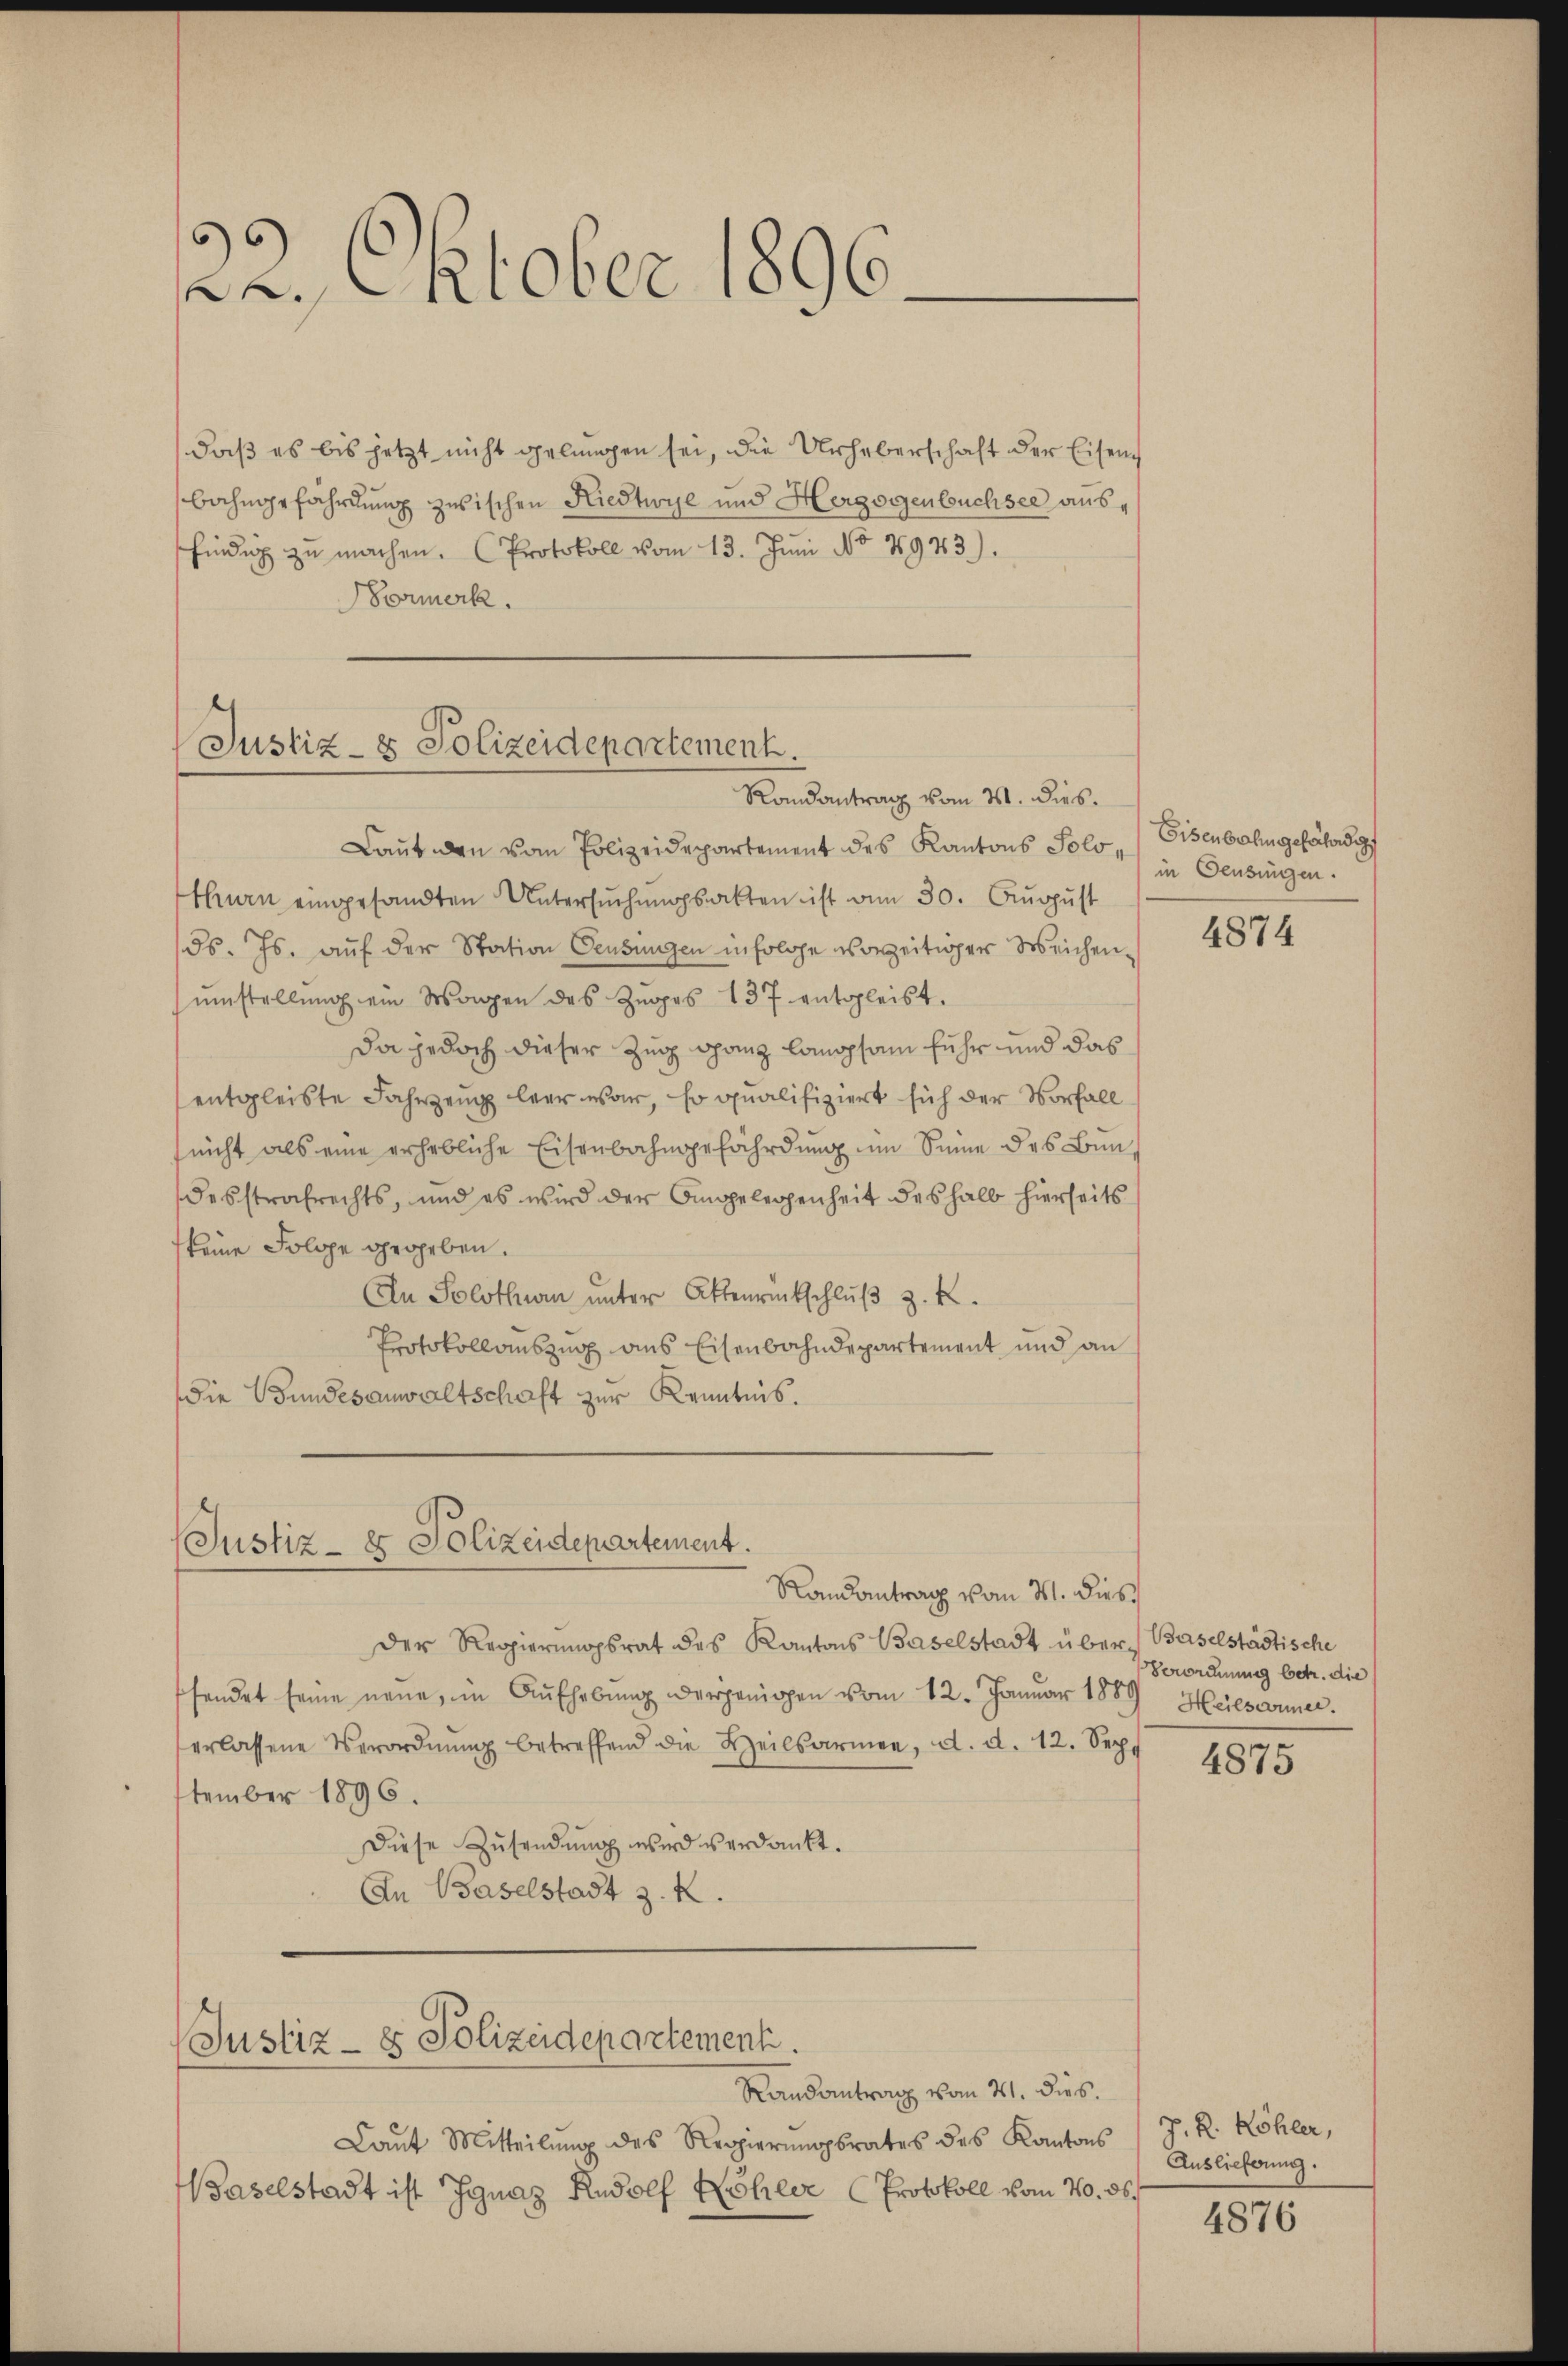
122. Oktober 1896.

daß es bis jetzt nicht gelungen sei, die Urheberschaft der Eisen
bahngefährdung zwischen Kiedtwyl und Herzogenbüchsee aushindig zŭ machen. Protokoll vom 13. Jŭni No 4943).
ormerk.

Justiz- & Polizeidepartement.
Randantrag vom 21. dies

Laut den vom Polizeidepartement des Kantons Solo, Eisenbahn gefährdig
than eingesandten Untersŭchŭngsakten ist am 30. August
Fs. Js. auf der Station Censingen in folge vorzeitiger Weichenŭmstellŭng ein Wagen des Zŭges 137 entgleist.
Da jedoch dieser Zug ganz laopsam fuhr und das
entgleiste Fahrzeug leer war, so qualifiziert sich der Vorfall
(nicht als eine erhebliche Eisenbahngefährdung im Sinne des Bun-
desstrafrechts, und es wird der Angelegenheit deshalb hierseits
keine Folge gegeben.
An Solothurn unter Attenrückschlŭβ z. K.
Protokollauszug aus Eisenbahndepartement und an
die Bundesanwaltschaft zur Kenntnis.

Justiz- & Polizeidepartement.
Randantrag vom 31. dies

Justiz - es Polizeidepartement.

Laŭt Mitteilŭng des Regierŭngsrates des Kantons
Baselstadt ist Ignaz Rudolf Köhler (Protokoll vom 10. ds.

Randantrag vom 21. dies.

in Deusingen.

der Regierungsrat des Kantons Baselstadt über Baselstädtische
fendet seine neue, in Aŭfhebŭng derjenigen vom 12. Januar 1889 Heilsarmer.
erlassene Verordnŭng betreffend die Heilsarmee, d. d. 12. Sept
tember 1896.
Diese Zusendung wird verdankt.
In Baselstadt z. K.

4874

Verordnung betr. die

4875

J. R. Köhler,
Auslieferung.

4876